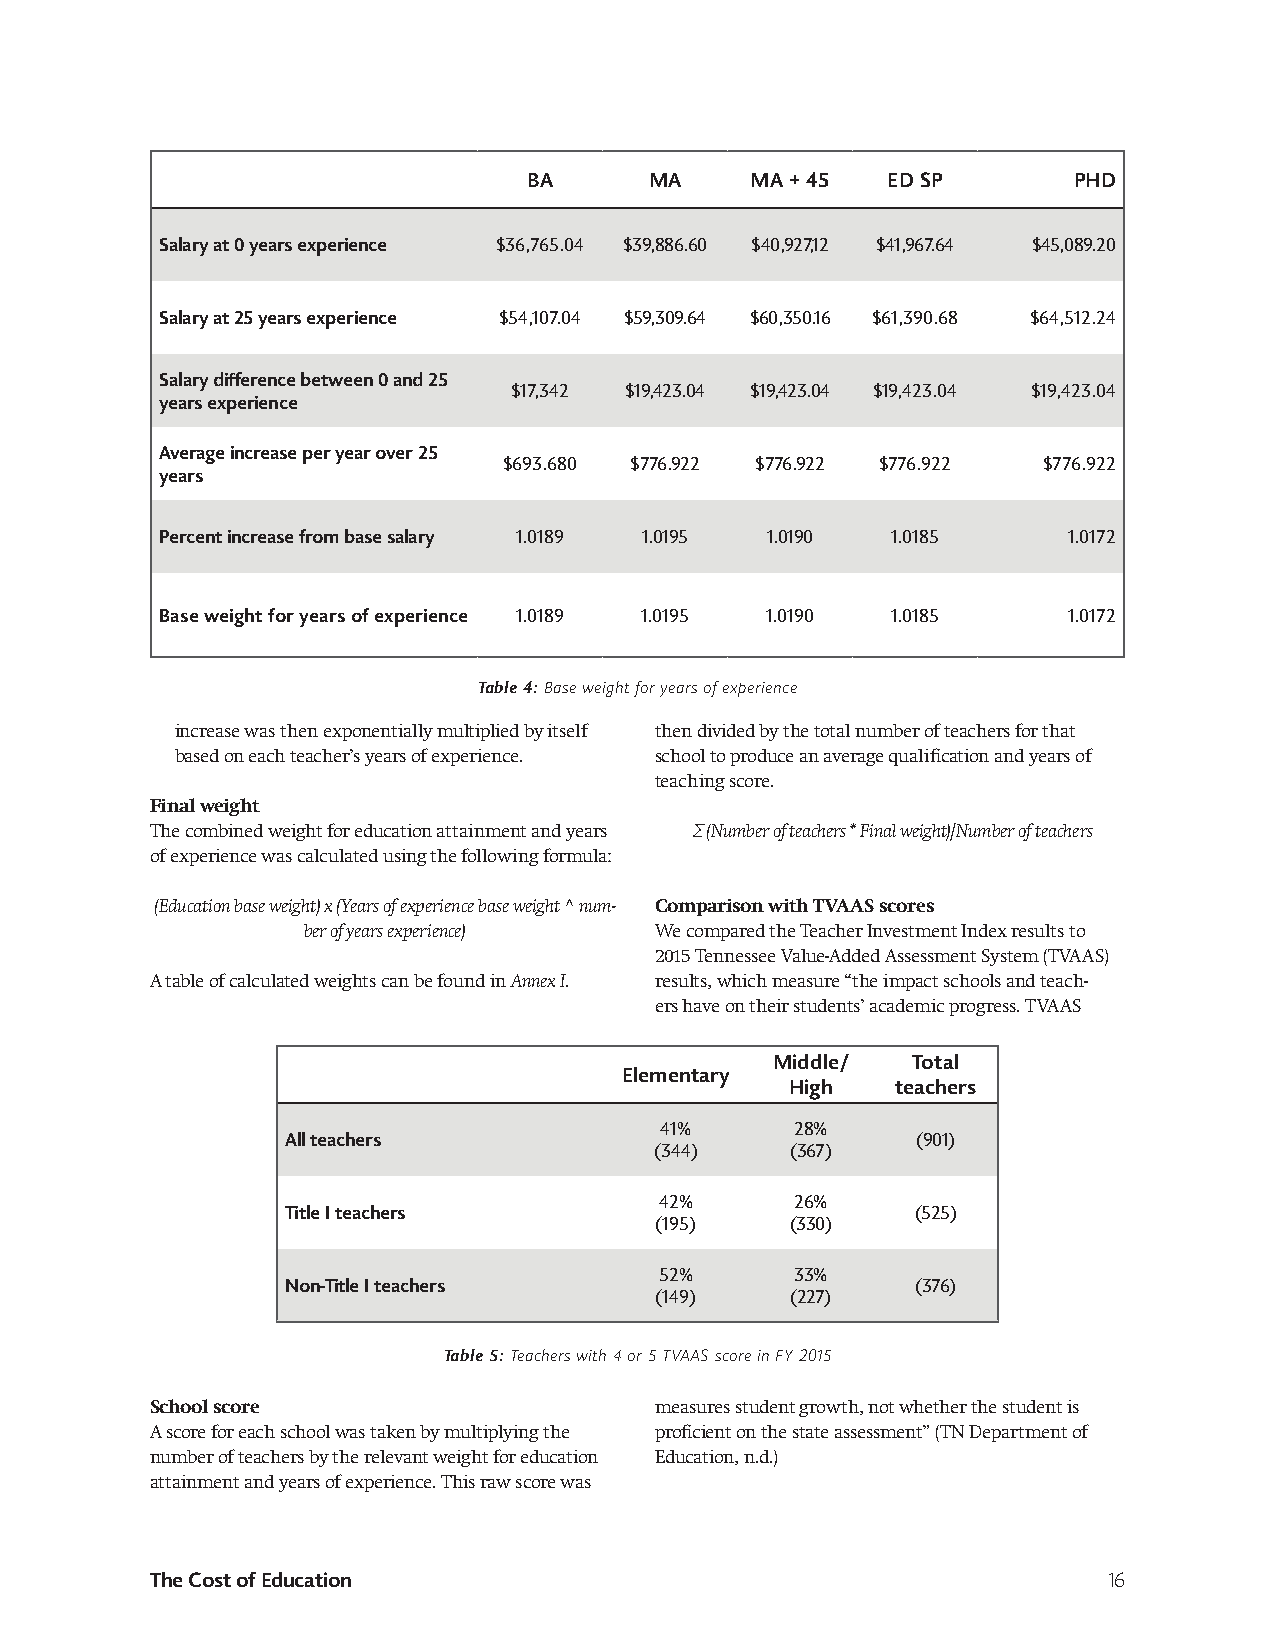
BA      MA     MA + 45  ED SP       PHD
 Salary at 0 years experience $36,765.04 $39,886.60 $40,927,12 $41,967.64 $45,089.20
 Salary at 25 years experience $54,107.04 $59,309.64 $60,350.16 $61,390.68 $64,512.24
 Salary difference between 0 and 25
 $17,342 $19,423.04 $19,423.04 $19,423.04 $19,423.04
 years experience
 Average increase per year over 25
 $693.680 $776.922 $776.922 $776.922 $776.922
 years
 Percent increase from base salary 1.0189 1.0195 1.0190 1.0185 1.0172
 Base weight for years of experience 1.0189 1.0195 1.0190 1.0185 1.0172
 Table 4: Base weight for years of experience
 increase was then exponentially multiplied by itself then divided by the total number of teachers for that
 based on each teacher’s years of experience. school to produce an average qualification and years of
 teaching score.
 Final weight
 The combined weight for education attainment and years Σ (Number of teachers * Final weight)/Number of teachers
 of experience was calculated using the following formula:
 (Education base weight) x (Years of experience base weight ^ num- Comparison with TVAAS scores
 ber of years experience) We compared the Teacher Investment Index results to
 2015 Tennessee Value-Added Assessment System (TVAAS)
 A table of calculated weights can be found in Annex I. results, which measure “the impact schools and teach-
 ers have on their students’ academic progress. TVAAS
 Middle/  Total
 Elementary
 High   teachers
 41%      28%
 All teachers                              (901)
 (344)    (367)
 42%      26%
 Title I teachers                          (525)
 (195)    (330)
 52%      33%
 Non-Title I teachers                      (376)
 (149)    (227)
 Table 5: Teachers with 4 or 5 TVAAS score in FY 2015
 School score                     measures student growth, not whether the student is
 A score for each school was taken by multiplying the proficient on the state assessment” (TN Department of
 number of teachers by the relevant weight for education Education, n.d.)
 attainment and years of experience. This raw score was
 The Cost of Education                                          16